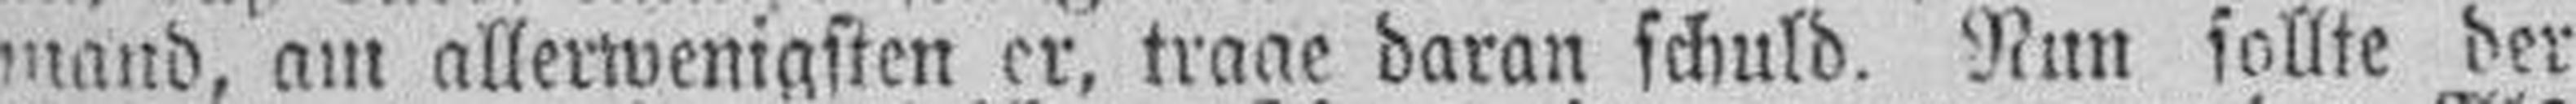
mand, am allerwenigsten er, trage daran schuld. Nun sollte der